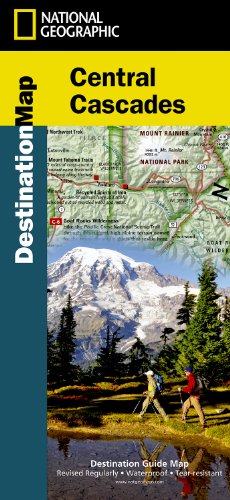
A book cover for Central Cascades (National Geographic Destination Map); National Geographic Maps; Travel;